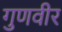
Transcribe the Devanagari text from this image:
गुणवीर